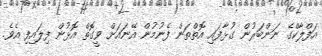
އަފްލާކްގެ ނަންބަރުން ގުޅާފައި އޮތްތަން ފެނުމުން އޭނައަށް ވީގޮތް އޮޅުން ފިލައިފި އެވެ.